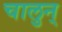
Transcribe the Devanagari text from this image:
चालुन्